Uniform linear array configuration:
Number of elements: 48
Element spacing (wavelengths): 0.25
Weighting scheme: hamming
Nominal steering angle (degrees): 45
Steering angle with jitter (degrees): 44.208
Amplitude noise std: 0.05
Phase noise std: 0.05

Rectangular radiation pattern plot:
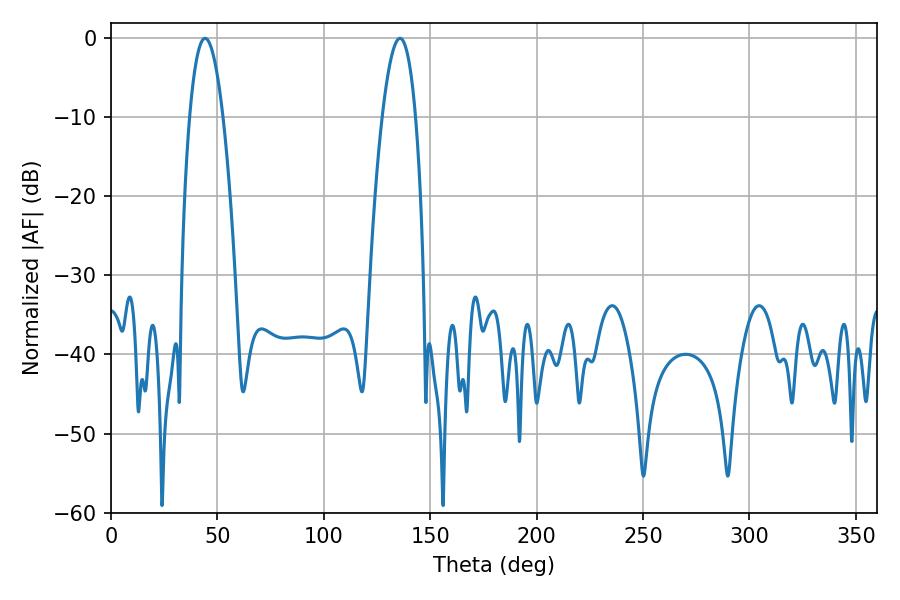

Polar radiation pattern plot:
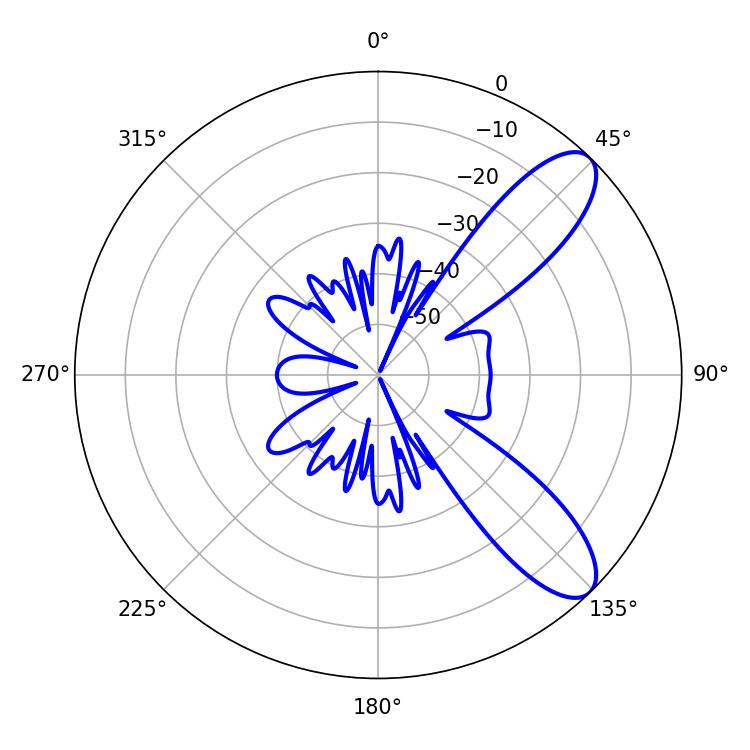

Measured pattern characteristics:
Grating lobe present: FALSE
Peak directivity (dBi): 9.451
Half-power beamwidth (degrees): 8.64
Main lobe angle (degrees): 44.28